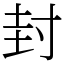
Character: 封